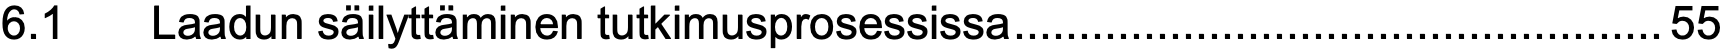
6.1  Laadun säilyttäminen tutkimusprosessissa..................................................55